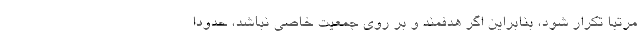
مرتبا تکرار شود، بنابراین اگر هدفمند و بر روی جمعیت خاصی نباشد، حدودا